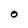
Character: O